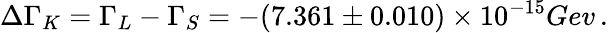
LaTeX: \Delta\Gamma_{K}=\Gamma_{L}-\Gamma_{S}=-(7.361\pm 0.010)\times 10^{-15}Gev\, .